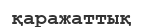
қаражаттық